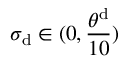
\sigma _ { \mathrm { { d } } } \in ( 0 , \frac { \theta ^ { \mathrm { d } } } { 1 0 } )